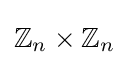
\mathbb {Z} _{n}\times \mathbb {Z} _{n}